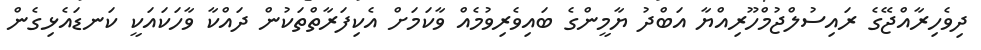
ދިވެހިރާއްޖޭގެ ރައިސުލްޖުމްހޫރިއްޔާ އަބްދު ޔާމީންގެ ބައިވެރިވުމެއް ވާކަމަށް އެކިފަރާތްތަކުން ދައްކާ ވާހަކައަކީ ކަނޑައެޅިގެން